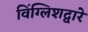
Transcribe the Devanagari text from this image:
विंग्लिशद्वारे